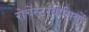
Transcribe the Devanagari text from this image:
रोचेस्टरवासियों